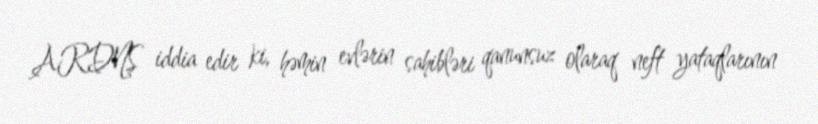
ARDNŞ iddia edir ki, həmin evlərin sahibləri qanunsuz olaraq neft yataqlarının